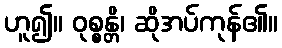
ဟူ၍။ ဝုစ္စန္တိ၊ ဆိုအပ်ကုန်၏။